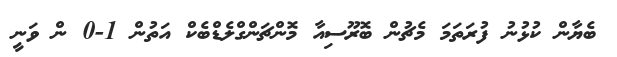
ބެޔާން ކުޅުނު ފުރަތަމަ މެޗުން ބޮރޫސިއާ މޮންޗަންގްލެޑްބެކް އަތުން 1-0 ން ވަނީ